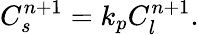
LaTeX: C_{s}^{n+1}=k_{p}C_{l}^{n+1}.